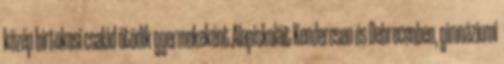
közép birtokosi család ötödik gyermekeként.Alapiskoláit Kenderesen és Debrecenben, gimnáziumi